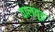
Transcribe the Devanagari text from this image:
वालवूड